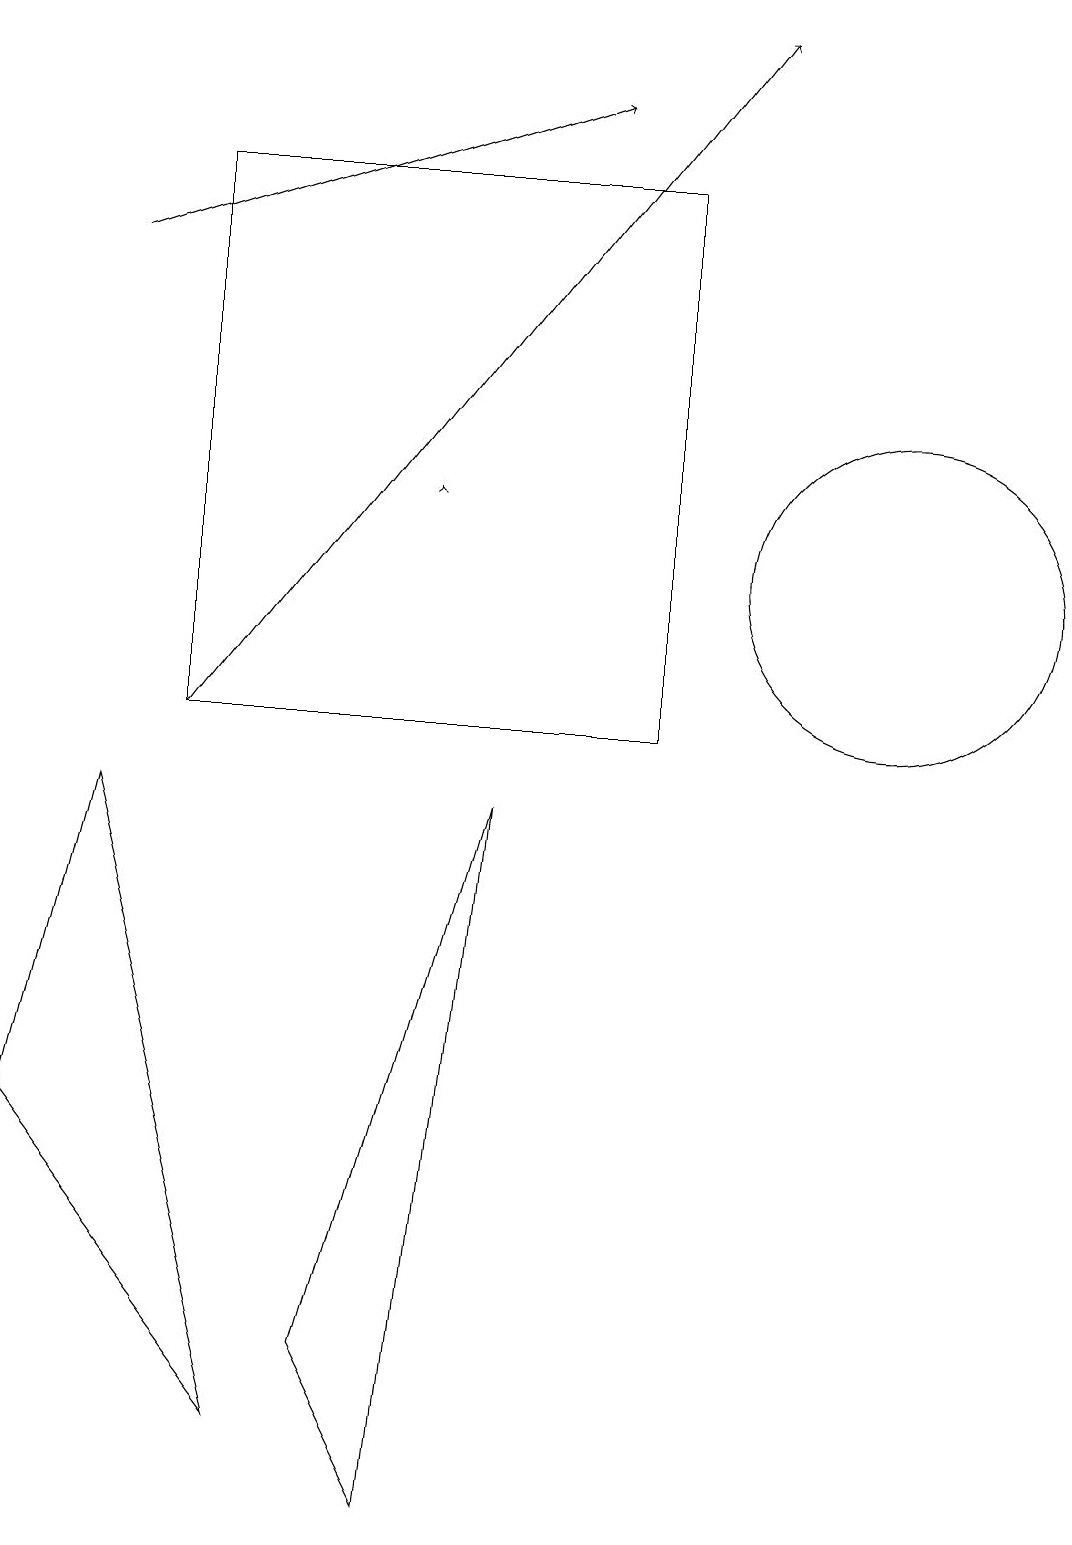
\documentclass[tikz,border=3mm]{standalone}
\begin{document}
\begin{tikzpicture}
\draw[->] (1,16) -- (7,18);
\draw (1,9) -- (3,1) -- (0,5) -- cycle;
\draw (11,12) circle (2);
\draw (2,17) rectangle (8,10);
\draw[->] (5,13) -- (5,13);
\draw[->] (2,10) -- (9,19);
\draw (6,9) -- (5,0) -- (4,2) -- cycle;
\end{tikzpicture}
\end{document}